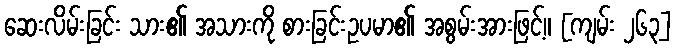
ဆေးလိမ်းခြင်း သား၏ အသားကို စားခြင်းဥပမာ၏ အစွမ်းအားဖြင့်။ [ကျမ်း ၂၆၃]